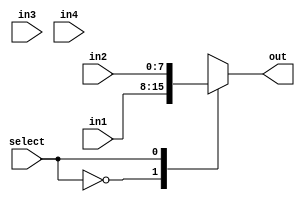
module bus_switch(input [7:0] in1, in2, in3, in4, input select,
                  output reg [7:0] out);

always @(select)
begin
    case (select)
        2'b00: out = in1;
        2'b01: out = in2;
        2'b10: out = in3;
        2'b11: out = in4;
        default: out = 8'b0;
    endcase
end

endmodule